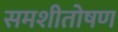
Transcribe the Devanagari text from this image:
समशीतोषण